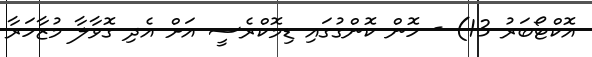
އޮކްޓޯބަރު 13) - ހޮން ކޮންގުގައި ޑިމޮކްރެސީ އަށް އެދި ގޮވާލާ މުޒާހަރާ